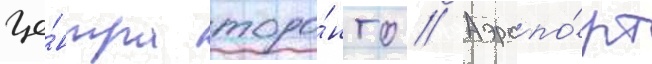
це́нтра торо́нто // Аэропо́рт